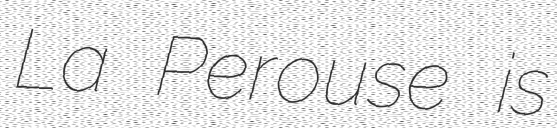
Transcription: La Perouse is